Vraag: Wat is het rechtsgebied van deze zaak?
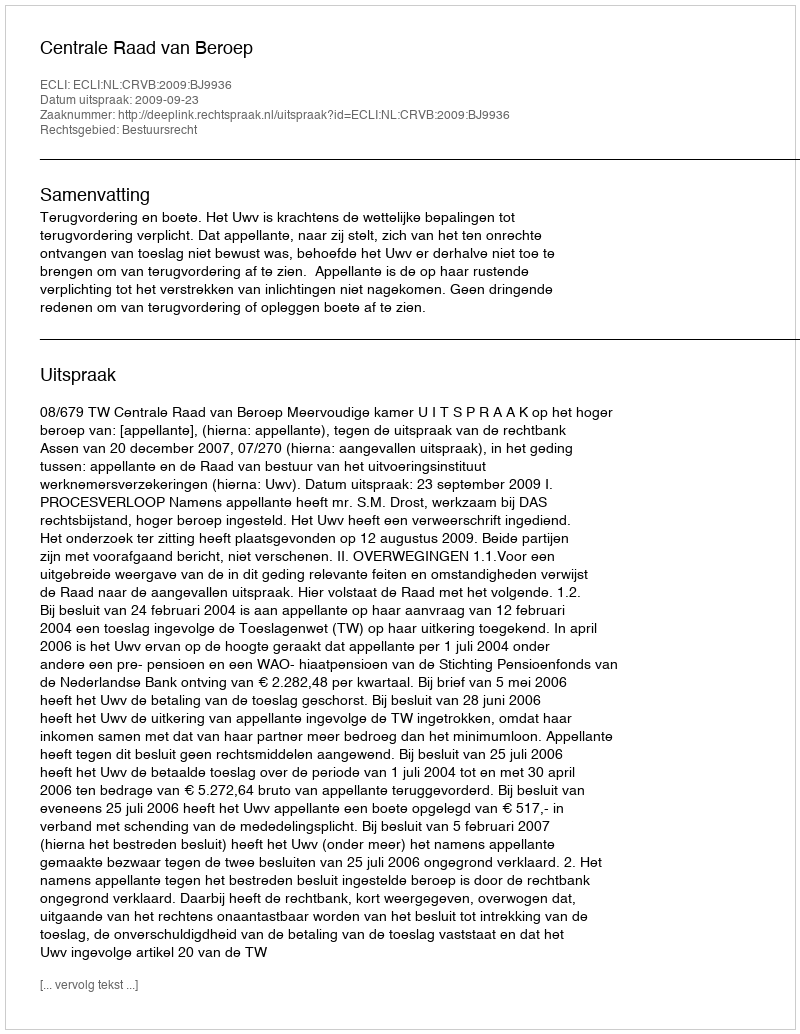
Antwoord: Bestuursrecht